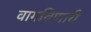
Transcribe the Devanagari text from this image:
वागविणारी